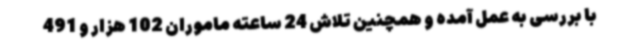
با بررسی به عمل آمده و همچنین تلاش 24 ساعته ماموران 102 هزار و 491